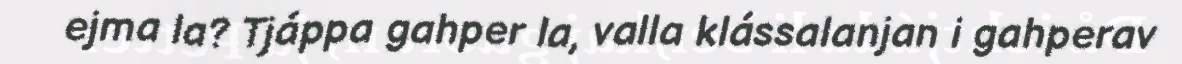
ejma la? Tjáppa gahper la, valla klássalanjan i gahperav